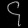
Digit: ၄